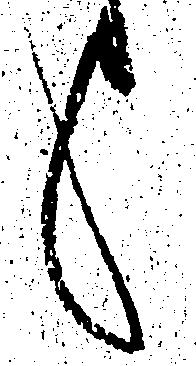
候